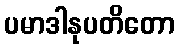
ပမာဒါနုပတိတော